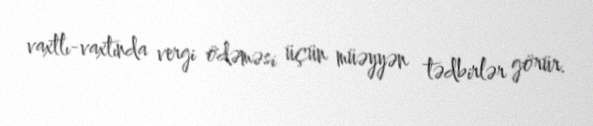
vaxtlı-vaxtında vergi ödəməsi üçün müəyyən tədbirlər görür.